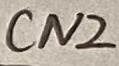
Text: cn2